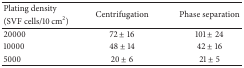
| Plating density | <ROWSPAN=2> Centrifugation | <ROWSPAN=2> Phase separation |
 | (SVF cells/10 cm2) |
 | --- | --- | --- |
 | 20000 | 72 ± 16 | 101 ± 24 |
 | 10000 | 48 ± 14 | 42 ± 16 |
 | 5000 | 20 ± 6 | 21 ± 5 |